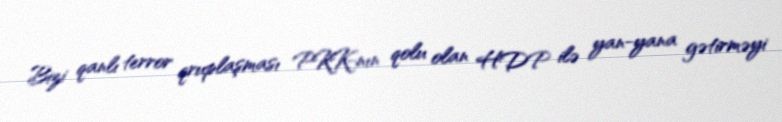
Bizi qanlı terror qruplaşması PKK-nın qolu olan HDP ilə yan-yana gətirməyi